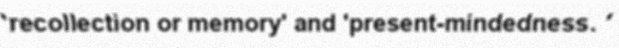
'recollection or memory' and 'present-mindedness. '